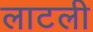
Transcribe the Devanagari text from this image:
लाटली